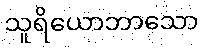
သူရိယောဘာသော